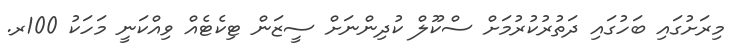
މިރަށުގައި ބަހުގައި ދަތުރުކުރުމަށް ސްކޫލް ކުދިންނަށް ސީޒަން ޓިކެޓެއް ވިއްކަނީ މަހަކު 100ރ.